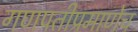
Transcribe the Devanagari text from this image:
गणपतीप्रमाणेच